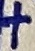
Text: +